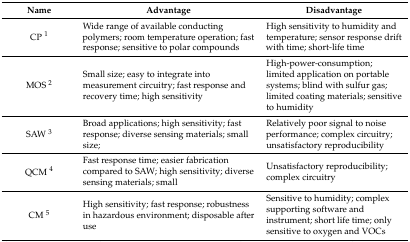
<table><thead><tr><td><b>Name </b></td><td><b>Advantage</b></td><td><b>Disadvantage</b></td></tr></thead><tbody><tr><td>CP <sup>1</sup></td><td>Wide range of available conducting polymers; room temperature operation; fast response; sensitive to polar compounds</td><td>High sensitivity to humidity and temperature; sensor response drift with time; short-life time</td></tr><tr><td>MOS <sup>2</sup></td><td>Small size; easy to integrate into measurement circuitry; fast response and recovery time; high sensitivity</td><td>High-power-consumption; limited application on portable systems; blind with sulfur gas; limited coating materials; sensitive to humidity</td></tr><tr><td>SAW <sup>3</sup></td><td>Broad applications; high sensitivity; fast response; diverse sensing materials; small size;</td><td>Relatively poor signal to noise performance; complex circuitry; unsatisfactory reproducibility</td></tr><tr><td>QCM <sup>4</sup></td><td>Fast response time; easier fabrication compared to SAW; high sensitivity; diverse sensing materials; small </td><td>Unsatisfactory reproducibility; complex circuitry </td></tr><tr><td>CM <sup>5</sup></td><td>High sensitivity; fast response; robustness in hazardous environment; disposable after use</td><td>Sensitive to humidity; complex supporting software and instrument; short life time; only sensitive to oxygen and VOCs</td></tr></tbody></table>